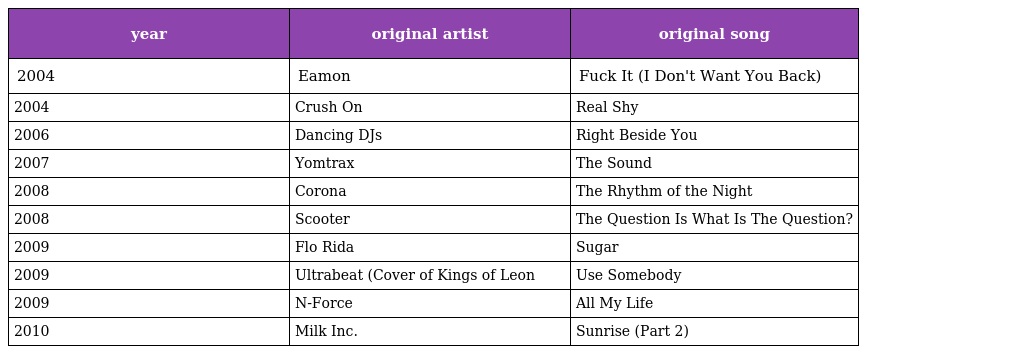
| year | original artist | original song |
 | --- | --- | --- |
 | 2004 | Eamon | Fuck It (I Don't Want You Back) |
 | 2004 | Crush On | Real Shy |
 | 2006 | Dancing DJs | Right Beside You |
 | 2007 | Yomtrax | The Sound |
 | 2008 | Corona | The Rhythm of the Night |
 | 2008 | Scooter | The Question Is What Is The Question? |
 | 2009 | Flo Rida | Sugar |
 | 2009 | Ultrabeat (Cover of Kings of Leon | Use Somebody |
 | 2009 | N-Force | All My Life |
 | 2010 | Milk Inc. | Sunrise (Part 2) |